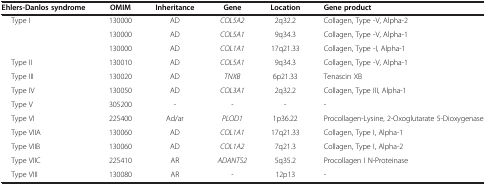
<table><thead><tr><td><b>Ehlers-Danlos syndrome</b></td><td><b>OMIM</b></td><td><b>Inheritance</b></td><td><b>Gene</b></td><td><b>Location</b></td><td><b>Gene product</b></td></tr></thead><tbody><tr><td rowspan="3">Type I</td><td>130000</td><td>AD</td><td><i>COL5A2</i></td><td>2q32.2</td><td>Collagen, Type -V, Alpha-2</td></tr><tr><td>130000</td><td>AD</td><td><i>COL5A1</i></td><td>9q34.3</td><td>Collagen, Type -V, Alpha-1</td></tr><tr><td>130000</td><td>AD</td><td><i>COL1A1</i></td><td>17q21.33</td><td>Collagen, Type -I, Alpha-1</td></tr><tr><td>Type II</td><td>130010</td><td>AD</td><td><i>COL5A1</i></td><td>9q34.3</td><td>Collagen, Type -V, Alpha-1</td></tr><tr><td>Type III</td><td>130020</td><td>AD</td><td><i>TNXB</i></td><td>6p21.33</td><td>Tenascin XB</td></tr><tr><td>Type IV</td><td>130050</td><td>AD</td><td><i>COL3A1</i></td><td>2q32.2</td><td>Collagen, Type III, Alpha-1</td></tr><tr><td>Type V</td><td>305200</td><td>-</td><td>-</td><td>-</td><td>-</td></tr><tr><td>Type VI</td><td>225400</td><td>Ad/ar</td><td><i>PLOD1</i></td><td>1p36.22</td><td>Procollagen-Lysine, 2-Oxoglutarate 5-Dioxygenase</td></tr><tr><td>Type VIIA</td><td>130060</td><td>AD</td><td><i>COL1A1</i></td><td>17q21.33</td><td>Collagen, Type I, Alpha-1</td></tr><tr><td>Type VIIB</td><td>130060</td><td>AD</td><td><i>COL1A2</i></td><td>7q21.3</td><td>Collagen, Type I, Alpha-2</td></tr><tr><td>Type VIIC</td><td>225410</td><td>AR</td><td><i>ADANTS2</i></td><td>5q35.2</td><td>Procollagen I N-Proteinase</td></tr><tr><td>Type VIII</td><td>130080</td><td>AR</td><td>-</td><td>12p13</td><td>-</td></tr></tbody></table>